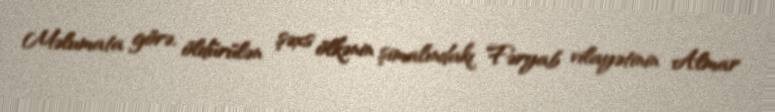
Məlumata görə, öldürülən şəxs ölkənin şimalındakı Fəryab vilayətinin Almar